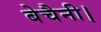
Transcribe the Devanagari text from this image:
बेचैनी।